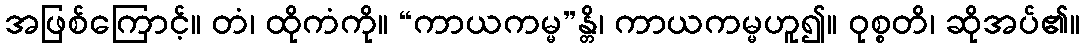
အဖြစ်ကြောင့်။ တံ၊ ထိုကံကို။ “ကာယကမ္မ”န္တိ၊ ကာယကမ္မဟူ၍။ ဝုစ္စတိ၊ ဆိုအပ်၏။